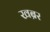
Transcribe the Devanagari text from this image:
खब्रर